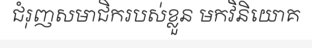
ជំរុញសមាជិករបស់ខ្លួន មកវិនិយោគ